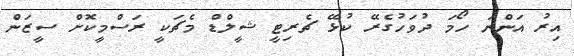
އިރު އަންނަ ހޯމަ ދުވަހުގެރޭ ކުޅޭ ޗެރިޓީ ޝީލްޑް މެޗަކީ ރަސްމީކޮށް ސީޒަން